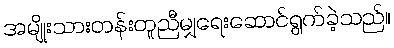
အမျိုးသားတန်းတူညီမျှရေးဆောင်ရွက်ခဲ့သည်။